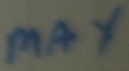
Text: max